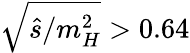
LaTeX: \sqrt{\hat{s}/m_{H}^{2}}>0.64